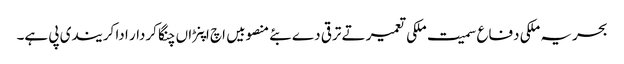
بحریہ ملکی دفاع سمیت ملکی تعمیر تے ترقی دے بئے منصوبیں اچ اپنڑاں چنگا کردار ادا کر یندی پی ہے۔